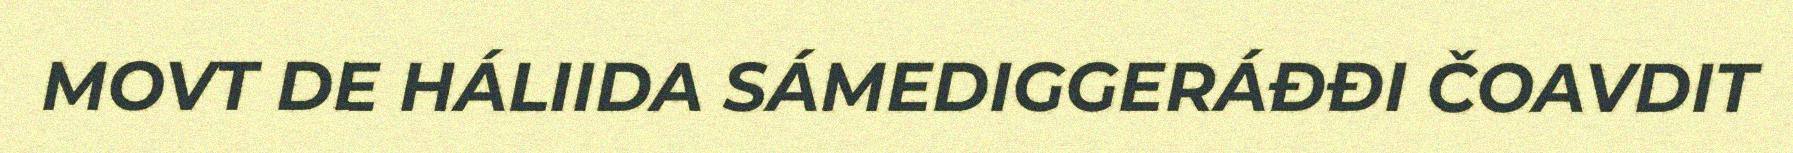
MOVT DE HÁLIIDA SÁMEDIGGERÁĐĐI ČOAVDIT